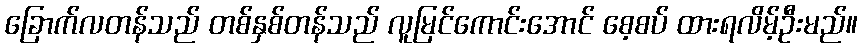
ခြောက်လတန်သည် တစ်နှစ်တန်သည် လူမြင်ကောင်းအောင် စေ့စပ် ထားရလိမ့်ဦးမည်။